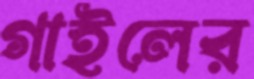
গাইলের